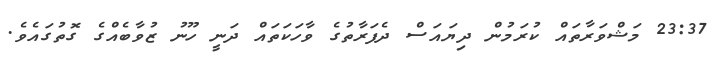
23:37 މަޝްވަރާތައް ކުރަމުން ދިޔައަސް ދެފަރާތުގެ ވާހަކަތައް ދަނީ ހޫނު ޒުވާބެއްގެ ގޮތުގައެވެ.